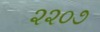
૨૨૦૭